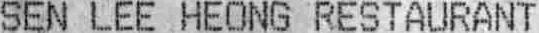
SEN LEE HEONG RESTAURANT